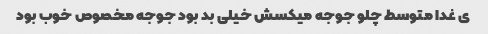
ی غدا متوسط چلو جوجه میکسش خیلی بد بود جوجه مخصوص خوب بود